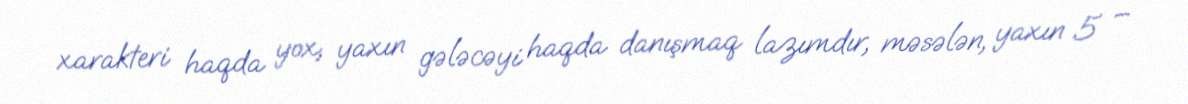
xarakteri haqda yox, yaxın gələcəyi haqda danışmaq lazımdır, məsələn, yaxın 5 –